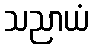
သညာယံ